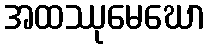
အထဿုမေဃော